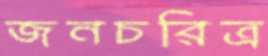
জনচরিত্র